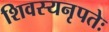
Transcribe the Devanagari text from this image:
शिवस्यनृपतेः